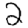
Digit: 2